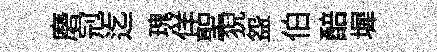
磨𠜍迄瑰佯聖猊盌伯醅墀